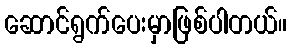
ဆောင်ရွက်ပေးမှာဖြစ်ပါတယ်။